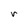
Character: r